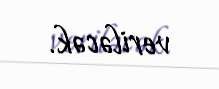
veriləcək.